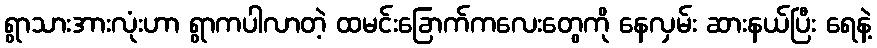
ရွာသားအားလုံးဟာ ရွာကပါလာတဲ့ ထမင်းခြောက်ကလေးတွေကို နေလှမ်း ဆားနယ်ပြီး ရေနဲ့